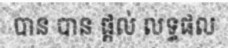
បាន បាន ផ្តល់ លទ្ធផល